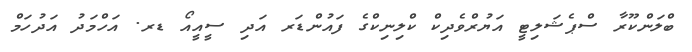
ބްލަންކޫރާ ސްޕެޝަލިޓީ އަޔުރްވެދިކް ކްލިނިކްގެ ފައުންޑަރ އަދި ސީއީއޯ ޑރ. އަހްމަދު އަދުހަމް